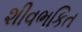
શીવભકિત